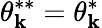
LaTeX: \theta_{\mathbf{k}}^{**}=\theta_{\mathbf{k}}^{*}